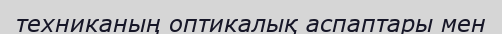
техниканың оптикалық аспаптары мен